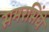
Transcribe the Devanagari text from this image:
समरसिंघे